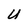
Character: U